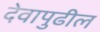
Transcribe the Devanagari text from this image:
देवापुढील